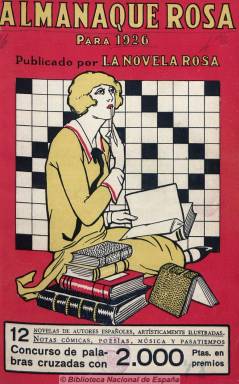
Título: Almanaque rosa
Colección: Almanaques || Literatura
Ámbito geográfico: Barcelona
Lugar de publicación: Barcelona
Fechas: 01/01/1926-31/12/1936

Publicado por la quincenal La novela rosa, de la barcelonesa Editorial Juventud, con periodicidad anual. Incluye novelas cortas de autores españoles, artísticamente ilustradas, así como antologías poéticas, algunas notas sobre arte, educación, higiene y música y pasatiempos, comenzando cada número con un calendario religioso, astronómico y político. Destaca el almanaque para 1933, dedicado al centenario de Goethe, incluyendo los textos de sus dos principales obras. Entre los autores de las narraciones, aparecen Armando Palacio Valdés, María Luz Morales, Andrés Cegarra Salcedo o José Baeza. También publica una selección de caricaturas de las revistas europeas más populares. Estuvo editándose desde 1926 hasta 1936.

En septiembre de 2023 se agregan a esta colección los anuarios de 1932, 1935 y 1936.

[Descripción modificada el 11/09/2023]